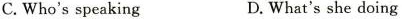
C. Who's speaking D. What's she doing